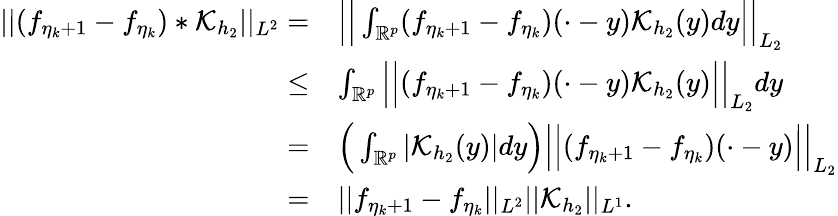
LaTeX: \begin{array}{rl}{\vert\vert(f_{\eta_{k}+1}-f_{\eta_{k}})\ast\mathcal{K}_{h_{2}}\vert\vert_{L^{2}}=}&{\Big|\Big|\int_{\mathbb{R}^{p}}(f_{\eta_{k}+1}-f_{\eta_{k}})(\cdot-y)\mathcal{K}_{h_{2}}(y)dy\Big|\Big|_{L_{2}}}\\ {\le}&{\int_{\mathbb{R}^{p}}\Big|\Big|(f_{\eta_{k}+1}-f_{\eta_{k}})(\cdot-y)\mathcal{K}_{h_{2}}(y)\Big|\Big|_{L_{2}}dy}\\ {=}&{\Big(\int_{\mathbb{R}^{p}}\vert\mathcal{K}_{h_{2}}(y)\vert dy\Big)\Big|\Big|(f_{\eta_{k}+1}-f_{\eta_{k}})(\cdot-y)\Big|\Big|_{L_{2}}}\\ {=}&{\vert\vert f_{\eta_{k}+1}-f_{\eta_{k}}\vert\vert_{L^{2}}\vert\vert\mathcal{K}_{h_{2}}\vert\vert_{L^{1}}.}\end{array}